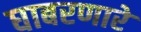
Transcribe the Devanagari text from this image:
घाबरणारे